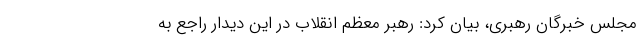
مجلس خبرگان رهبری، بیان کرد: رهبر معظم انقلاب در این دیدار راجع به